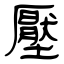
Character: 壓